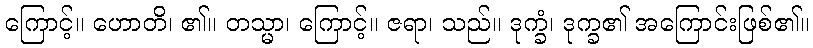
ကြောင့်။ ဟောတိ၊ ၏။ တသ္မာ၊ ကြောင့်။ ဇရာ၊ သည်။ ဒုက္ခံ၊ ဒုက္ခ၏ အကြောင်းဖြစ်၏။